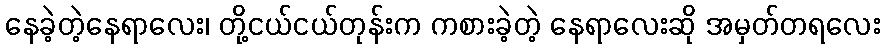
နေခဲ့တဲ့နေရာလေး၊ တို့ငယ်ငယ်တုန်းက ကစားခဲ့တဲ့ နေရာလေးဆို အမှတ်တရလေး